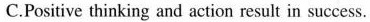
C.Positive thinking and action result in success.